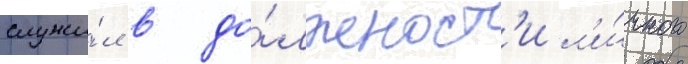
служи́л в до́лжност'и л'и́чного